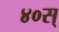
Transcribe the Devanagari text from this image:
४०स्